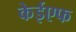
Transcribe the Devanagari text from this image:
केईएफ